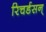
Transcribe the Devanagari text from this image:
रिचर्डसन्